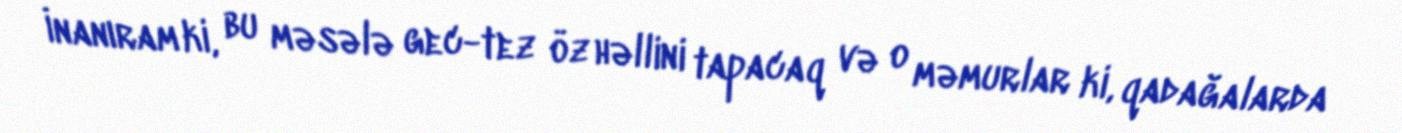
İnanıram ki, bu məsələ gec-tez öz həllini tapacaq və o məmurlar ki, qadağalarda